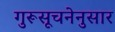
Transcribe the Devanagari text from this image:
गुरूसूचनेनुसार